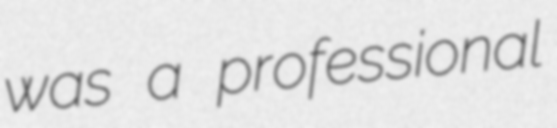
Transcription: was a professional